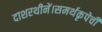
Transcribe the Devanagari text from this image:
दाशरथीनें।समर्थकृपेचीं